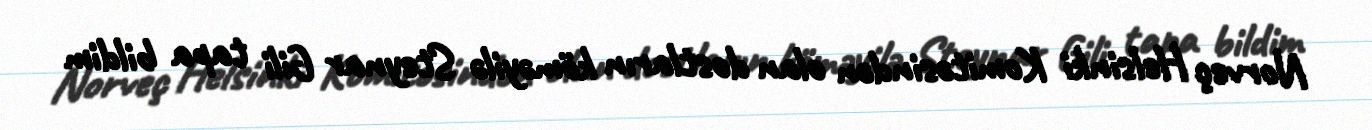
Norveç Helsinki Komitəsindən olan dostların köməyilə Steynar Gili tapa bildim